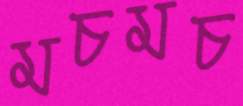
মচমচ